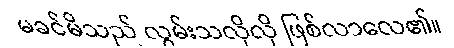
မခင်မိသည် လွမ်းသလိုလို ဖြစ်လာလေ၏။